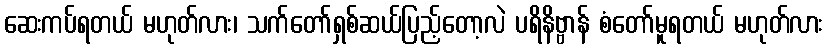
ဆေးကပ်ရတယ် မဟုတ်လား၊ သက်တော်ရှစ်ဆယ်ပြည့်တော့လဲ ပရိနိဗ္ဗာန် စံတော်မူရတယ် မဟုတ်လား